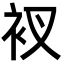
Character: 衩